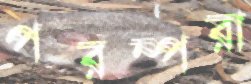
পরম্পরা